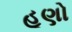
હૂણો